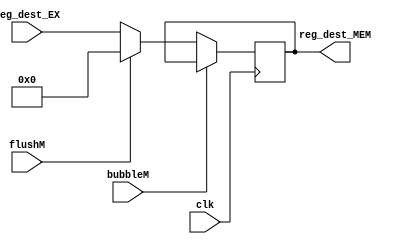
// Copyright (c) 2022 Komorebi660
`timescale 1ns / 1ps
// EX\MEM

module Addr_MEM(
    input wire clk, bubbleM, flushM,    //
    input wire [4:0] reg_dest_EX,       //EX
    output reg [4:0] reg_dest_MEM       //
    );

    initial reg_dest_MEM = 0;
    
    always@(posedge clk)
        if (!bubbleM) 
        begin
            if (flushM)
                reg_dest_MEM <= 0;
            else 
                reg_dest_MEM <= reg_dest_EX;
        end
    
endmodule